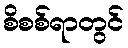
စိစစ်ရာတွင်